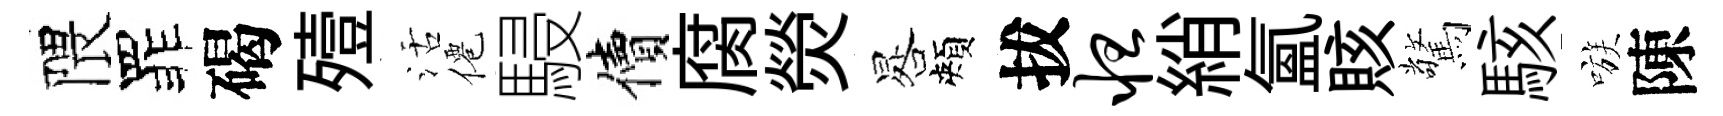
隈罪碣殪活僊駸價腐熒晷頰拔怛綃氳賅驚駭嗾陳